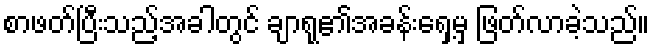
စာဖတ်ပြီးသည့်အခါတွင် ချာရု၏အခန်းရှေ့မှ ဖြတ်လာခဲ့သည်။